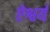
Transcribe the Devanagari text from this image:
ऐश्वर्यं